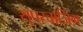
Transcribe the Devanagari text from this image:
सुपरचार्जिंग